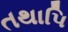
તથાપિ